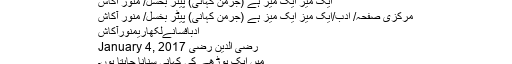
ایک میز ایک میز ہے (جرمن کہانی) پیٹر بخسل/ منور آکاش
مرکزی صفحہ/ ادب/ایک میز ایک میز ہے (جرمن کہانی) پیٹر بخسل/ منور آکاش
ادبافسانےلکھاریمنورآکاش
رضی الدین رضی January 4, 2017
میں ایک بوڑھے کی کہانی سنانا چاہتا ہوں۔